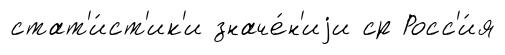
стат'и́ст'ик'и значе́н'иjи ср Росс'и́я